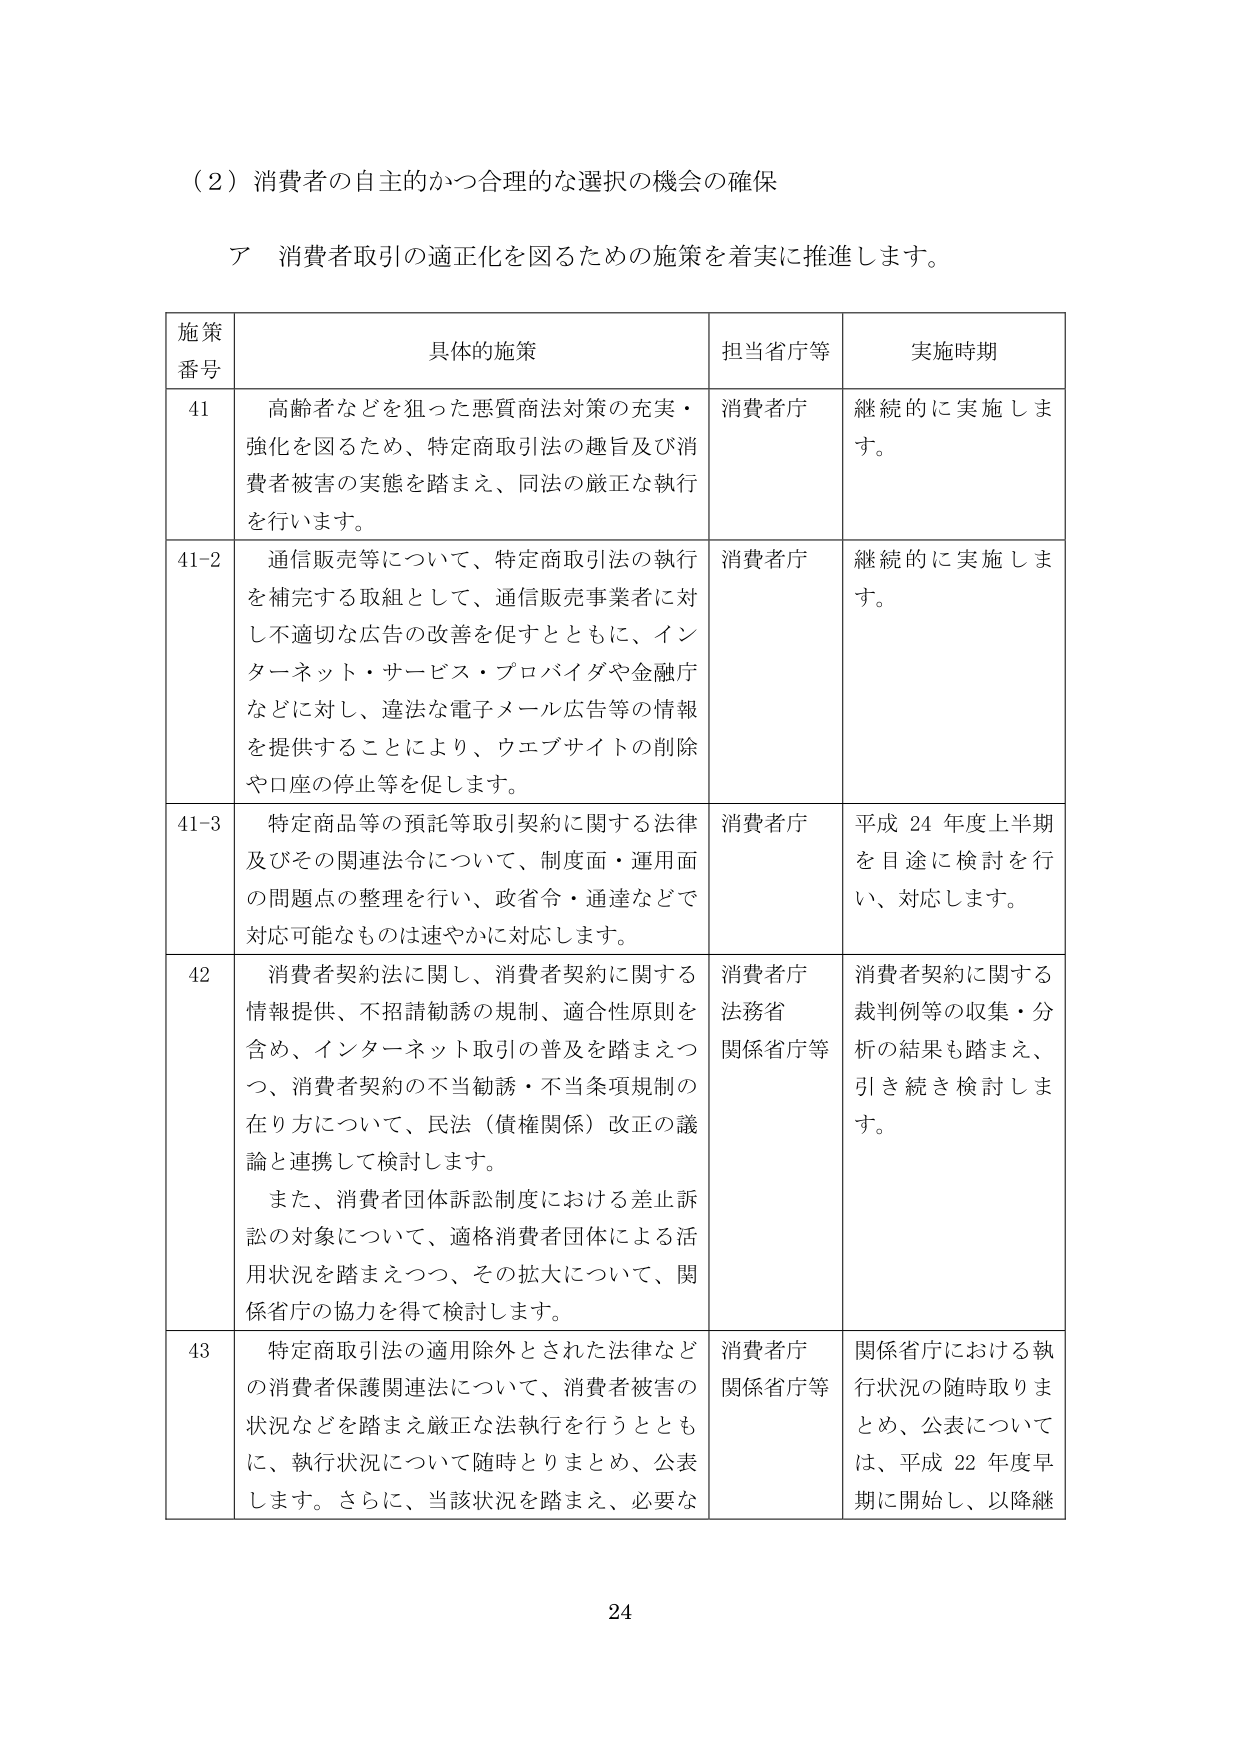
（2）消費者の自主的かつ合理的な選択の機会の確保

ア 消費者取引の適正化を図るための施策を着実に推進します。

施策番号	具体的施策	担当省庁等	実施時期
41	高齢者などを狙った悪質商法対策の充実・強化を図るため、特定商取引法の趣旨及び消費者被害の実態を踏まえ、同法の厳正な執行を行います。	消費者庁	継続的に実施します。
41-2	通信販売等について、特定商取引法の執行を補完する取組として、通信販売事業者に対し不適切な広告の改善を促すとともに、インターネット・サービス・プロバイダや金融庁などに対し、違法な電子メール広告等の情報を提供することにより、ウェブサイトの削除や口座の停止等を促します。	消費者庁	継続的に実施します。
41-3	特定商品等の預託等取引契約に関する法律及びその関連法令について、制度面・運用面の問題点の整理を行い、政省令・通達などで対応可能なものは速やかに対応します。	消費者庁	平成24年度上半期を目途に検討を行い、対応します。
42	消費者契約法に関し、消費者契約に関する情報提供、不招請勧誘の規制、適合性原則を含め、インターネット取引の普及を踏まえつつ、消費者契約の不当勧誘・不当条項規制の在り方について、民法（債権関係）改正の議論と連携して検討します。また、消費者団体訴訟制度における差止訴訟の対象について、適格消費者団体による活用状況を踏まえつつ、その拡大について、関係省庁の協力を得て検討します。	消費者庁法務省関係省庁等	消費者契約に関する裁判例等の収集・分析の結果も踏まえ、引き続き検討します。
43	特定商取引法の適用除外とされた法律などの消費者保護関連法について、消費者被害の状況などを踏まえ厳正な法執行を行うとともに、執行状況について随時とりまとめ、公表します。さらに、当該状況を踏まえ、必要な	消費者庁関係省庁等	関係省庁における執行状況の随時取りまとめ、公表については、平成22年度早期に開始し、以降継

24